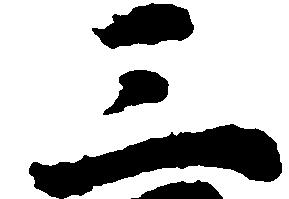
三